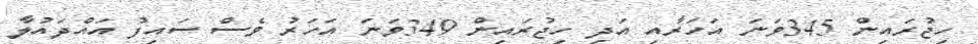
ހިޖުރައިން 345ވަނަ އަހަރާއި އަދި ހިޖުރައިން 349ވަނަ އަހަރު ވެސް ސައިފު އައްދައުލާ